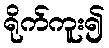
ရိုက်ကူး၍